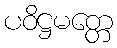
ပဝိဋ္ဌမတ္တေ